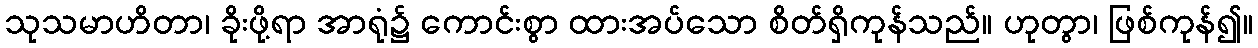
သုသမာဟိတာ၊ ခိုးဖို့ရာ အာရုံ၌ ကောင်းစွာ ထားအပ်သော စိတ်ရှိကုန်သည်။ ဟုတွာ၊ ဖြစ်ကုန်၍။